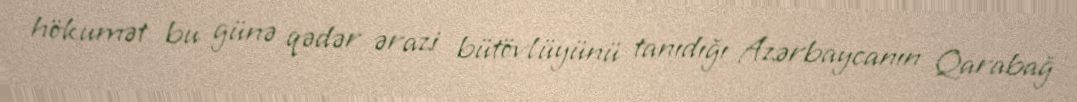
hökumət bu günə qədər ərazi bütövlüyünü tanıdığı Azərbaycanın Qarabağ